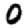
Digit: 0